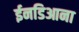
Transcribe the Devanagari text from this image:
ईनडिआना